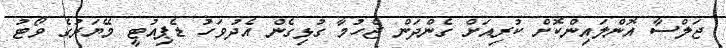
ޖަލްސާ އޮންލައިންކޮށް ކުރިއަށް ގެންދަން ޖެހުމާ ގުޅިގެން އެދުވަހު ޑެޕިއުޓީ މޭޔަރުގެ ވޯޓު